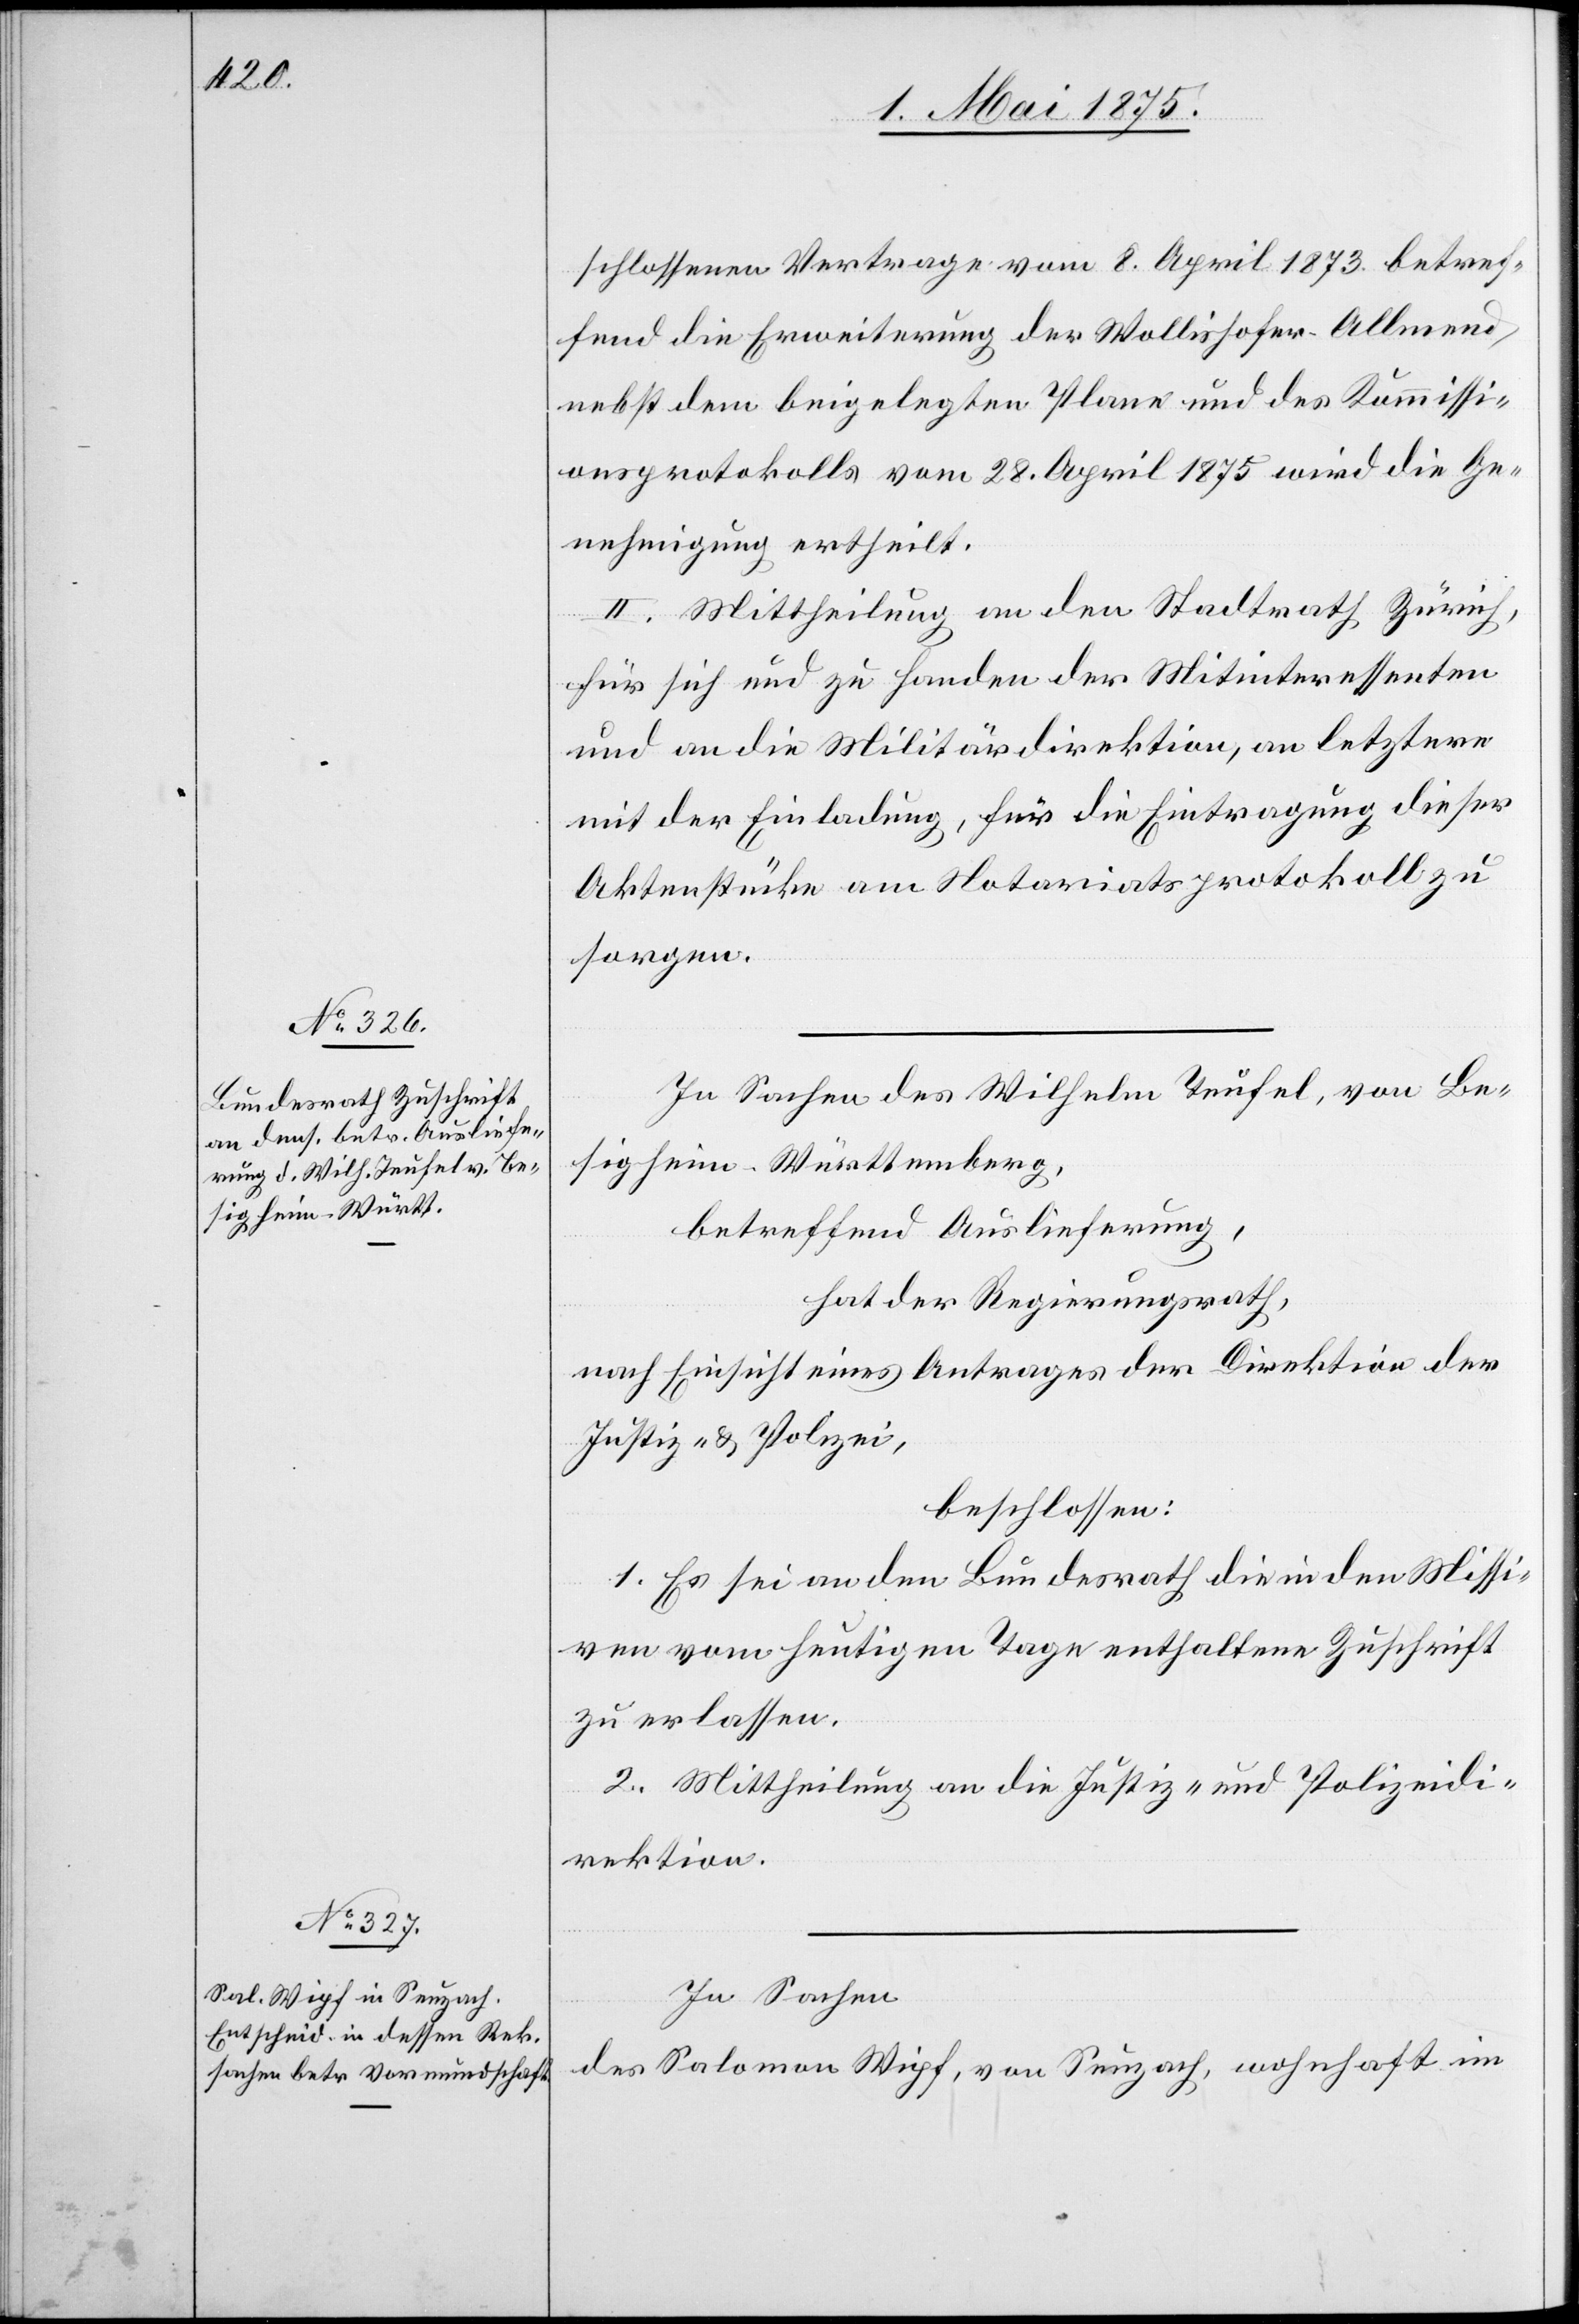
schlossenen Vertrage vom 8. April 1873. betref¬
fend die Erweiterung der Wollishofer-Allmend
nebst dem beigelegten Plane und des Kommissi¬
onsprotokolls vom 28. April 1875 wird die Ge¬
nehmigung ertheilt.
II. Mittheilung an den Stadtrath Zürich,
für sich und zu Handen der Mitinteressenten
und an die Militärdirektion, an letztere
mit der Einladung, für die Eintragung dieser
Aktenstücke am Notariatsprotokoll zu
sorgen.
In Sachen des Wilhelm Teufel, von Be¬
sigheim - Württemberg,
betreffend Auslieferung,
hat der Regierungsrath,
nach Einsicht eines Antrages der Direktion der
Justiz & Polizei,
beschlossen:
1. Es sei an den Bundesrath die in den Missi¬
ven vom heutigen Tage enthaltene Zuschrift
zu erlassen.
2. Mittheilung an die Justiz- und Polizeidi¬
rektion.
In Sachen
des Salomon Wipf, von Seuzach, wohnhaft im